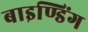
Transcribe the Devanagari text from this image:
बाइण्डिंग